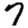
Digit: 7